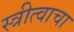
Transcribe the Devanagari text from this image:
स्त्रीत्वाचा